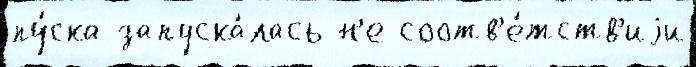
пу́ска запуска́лась н'е соотв'е́тств'иjи